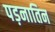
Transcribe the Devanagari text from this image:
पड़नातिन